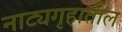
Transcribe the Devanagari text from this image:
नाट्यगृहातील